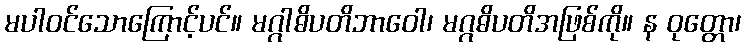
မပါဝင်သောကြောင့်ပင်။ မဂ္ဂါဓိပတိဘာဝေါ၊ မဂ္ဂဓိပတိအဖြစ်ကို။ န ဝုတ္တော၊